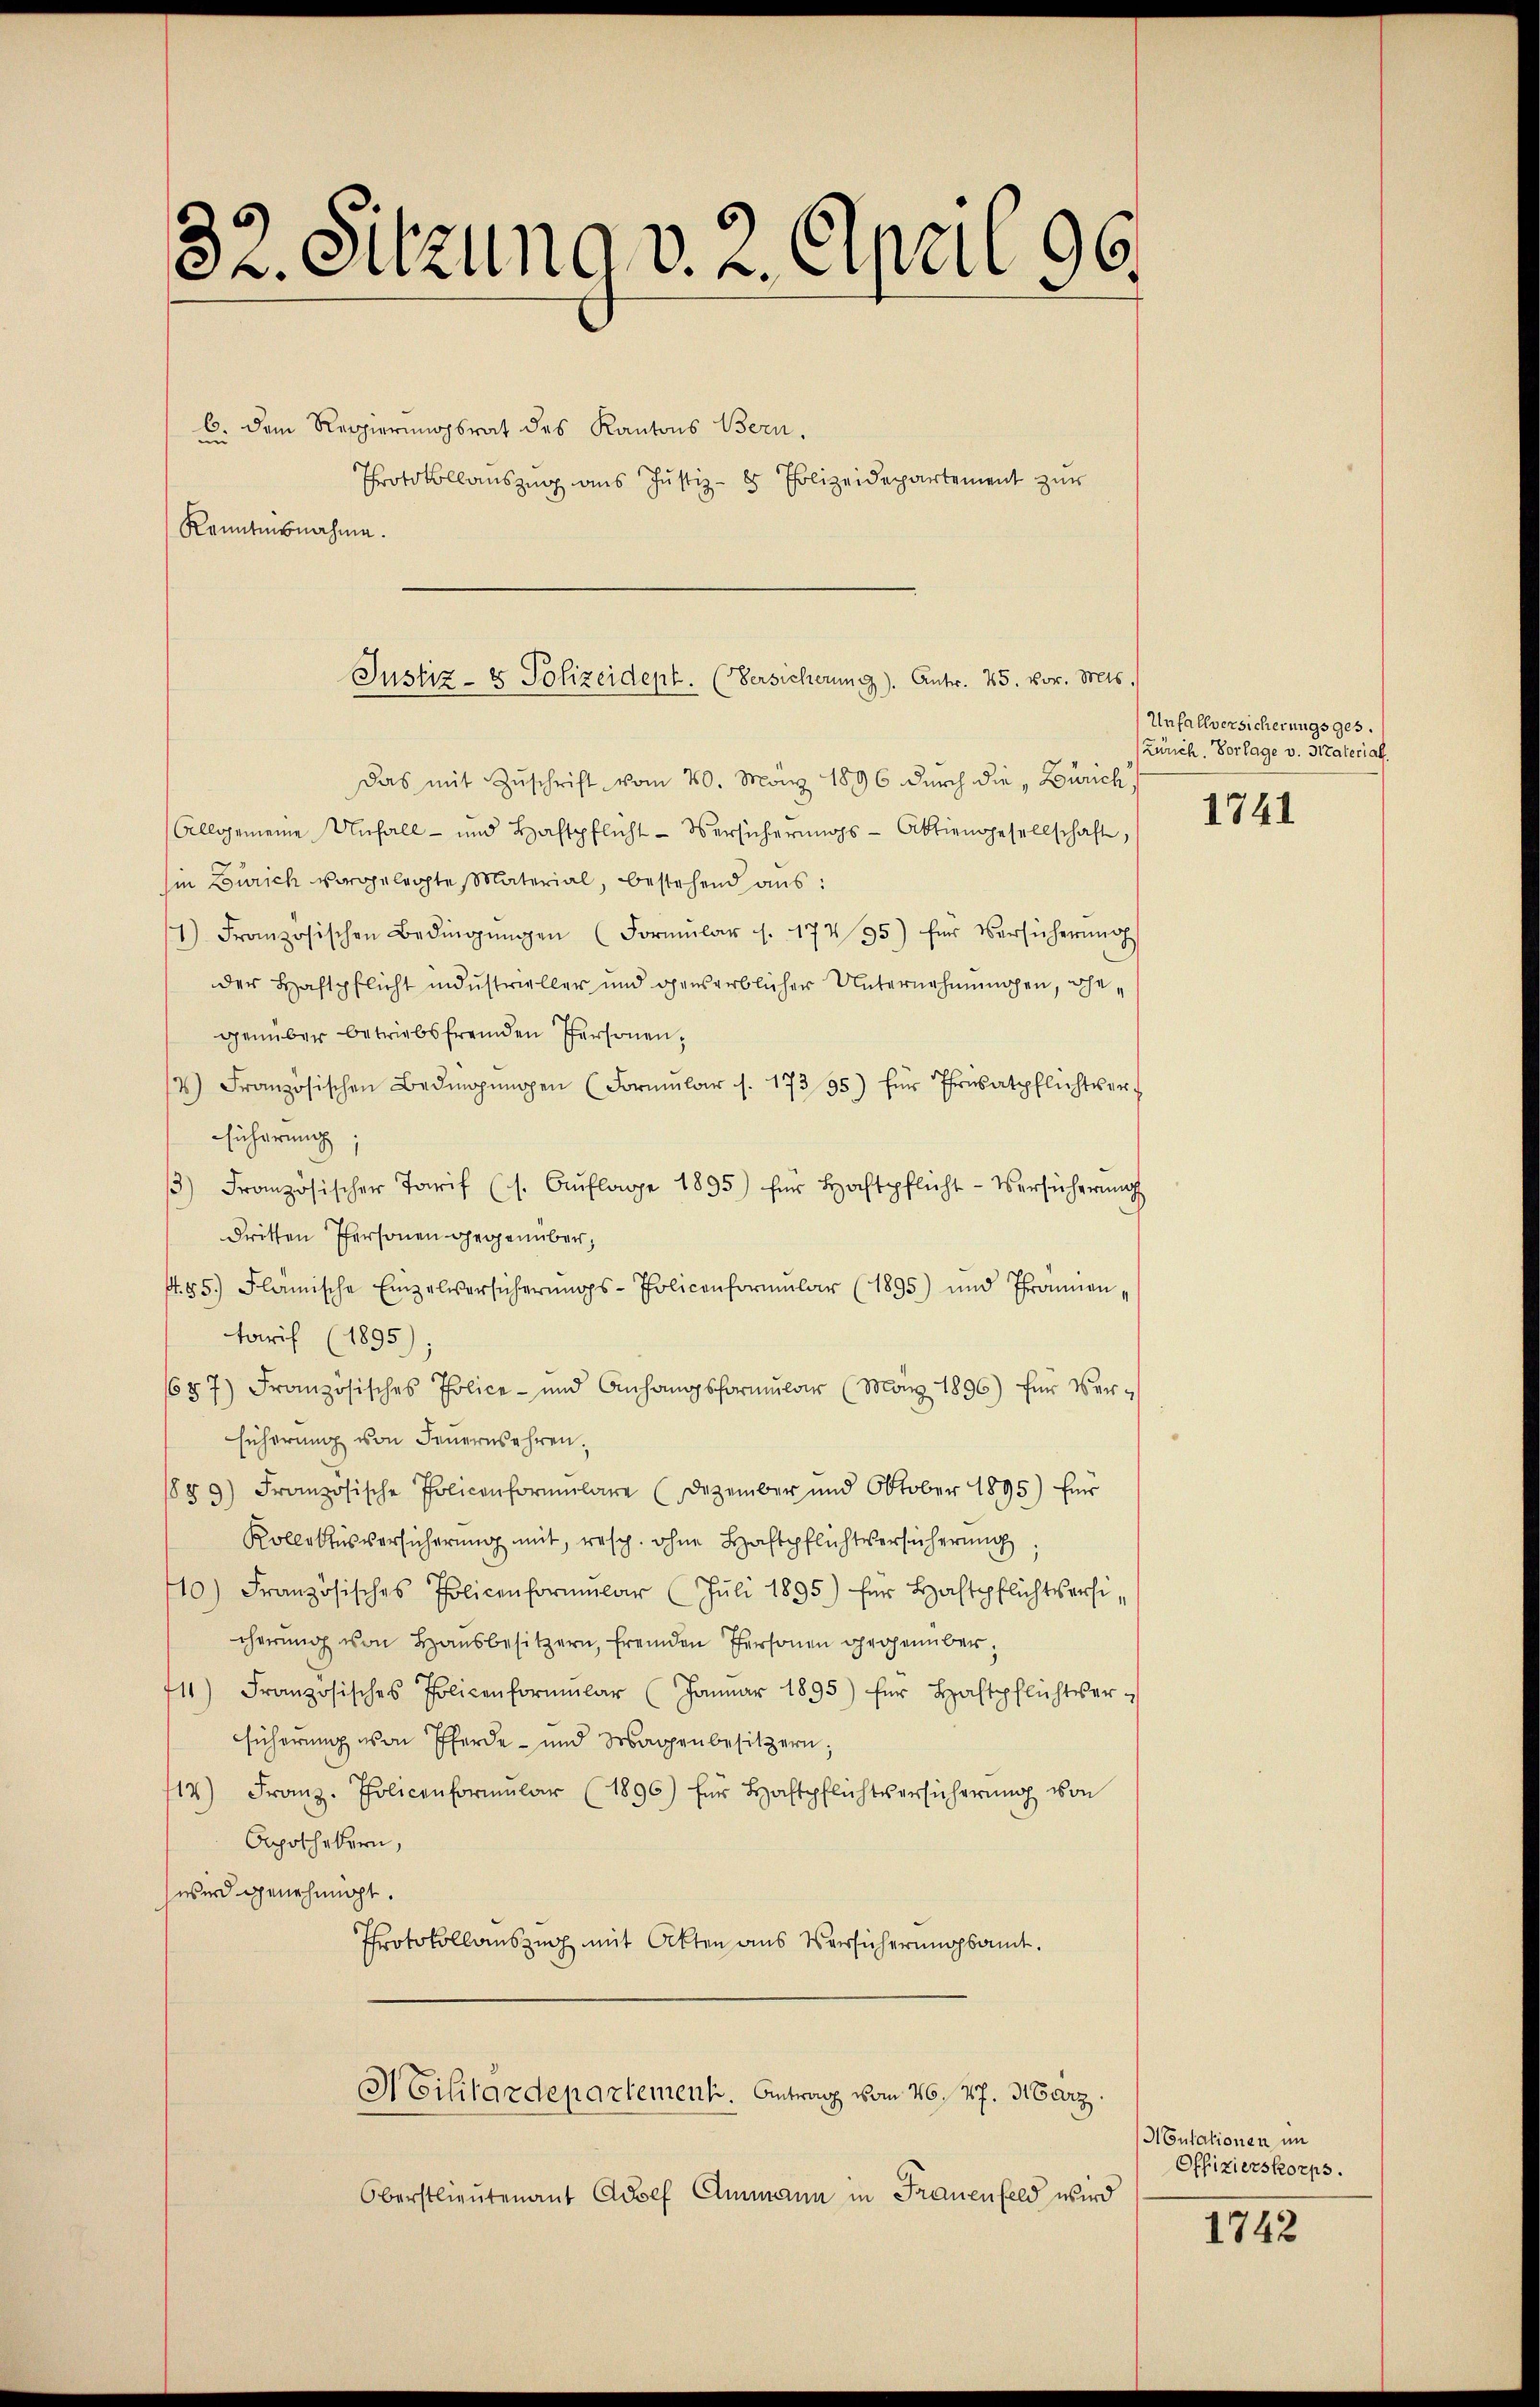
32. Sitzung v. 2. April 96.
6. Dem Regierungsrat des Kantons Bern,
n
Protokollauszug aus Justiz - 8 Polizeidepartement zur
Kenntnisnahme.

Das mit Zŭschrift vom 20. März 1896 durch die „Zürich
(Allgemeine Unfall- und Haftpflicht-Versicherŭngs-Aktiengesellschafte,
in Zürich vorgelegte Material, bestehend aus:
1) Französischen Bedingŭngen (Formŭlar f. 17495) für Versicherŭng
der Haftpflicht industrieller und gewerblicher Unternehmungen, gegenüber betriebsfremden Personen,
2) Französischen Bedingŭngen (Formŭlar s. 17335) für Privatpflichtver-
Führung
3) Französischer Tarif (s. Aŭflage 1895) für Hochtpflicht-Versicherŭng
dritten Personen gegenüber,
4. 85. Flämische Einzelversicherŭngs-Policenformŭlar (1895) und Thronnen,
Tarif (1895)
687) Französisches Police - und Anhangsformŭlar (März 1896) für Ver-
sicherung von Feuernsehren.
1859.) Französische Policenformŭlare (Dezember und Oktober 1895) für
Kollektus versicherung mit, resp. ohne Haftpflichtversicherung
10.) Französisches Policenformŭlar (Jŭli 1895) für Hochtpflichtsersi-
cherŭng von Haŭsbesitzern, fremden Personen gegenüber¬
11) Französisches Policenformŭlar (Janŭar 1895) für Haftpflichtser-
Fücherung von Pferde- und Wagenbesitzern,
17) Franz. Policenformŭlar (1896) für Haftpflichtversicherŭng von
Apothekern,
wird genehmigt.
Protokollauszug mit Akten aus Versicherungsamt.
Militärdepartement. Antrag vom 26. 27. März.
Oberstlieutenant Adolf Ammann in Frauenfeld wird

Justiz- & Polizeidept. (Versicherung). Antr. 25. vor. Mts.

Unfallversicherungsges.
Zürch. Vorlage v. Straterial.

1741

ACutationen im
Offizierskorps.

1742